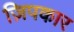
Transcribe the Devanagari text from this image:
ज़िपकार